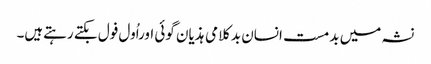
نشہ میں بدمست انسان بدکلامی ہذیان گوئی اوراُول فول بکتے رہتےہیں۔